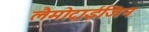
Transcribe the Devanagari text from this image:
लैमोट्राईजिन